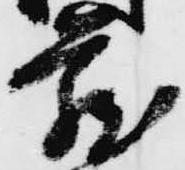
蔵